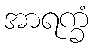
အာရက္ခံ